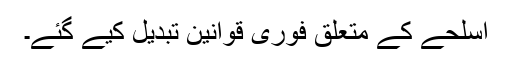
اسلحے کے متعلق فوری قوانین تبدیل کیے گئے۔